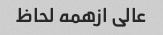
عالی ازهمه لحاظ